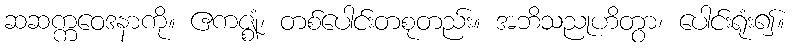
ဆဆက္ကဝေဒနာကို။ ဧကဇ္ဈံ၊ တစ်ပေါင်းတစုတည်း။ အဘိသညုဟိတွာ၊ ပေါင်းရုံး၍။